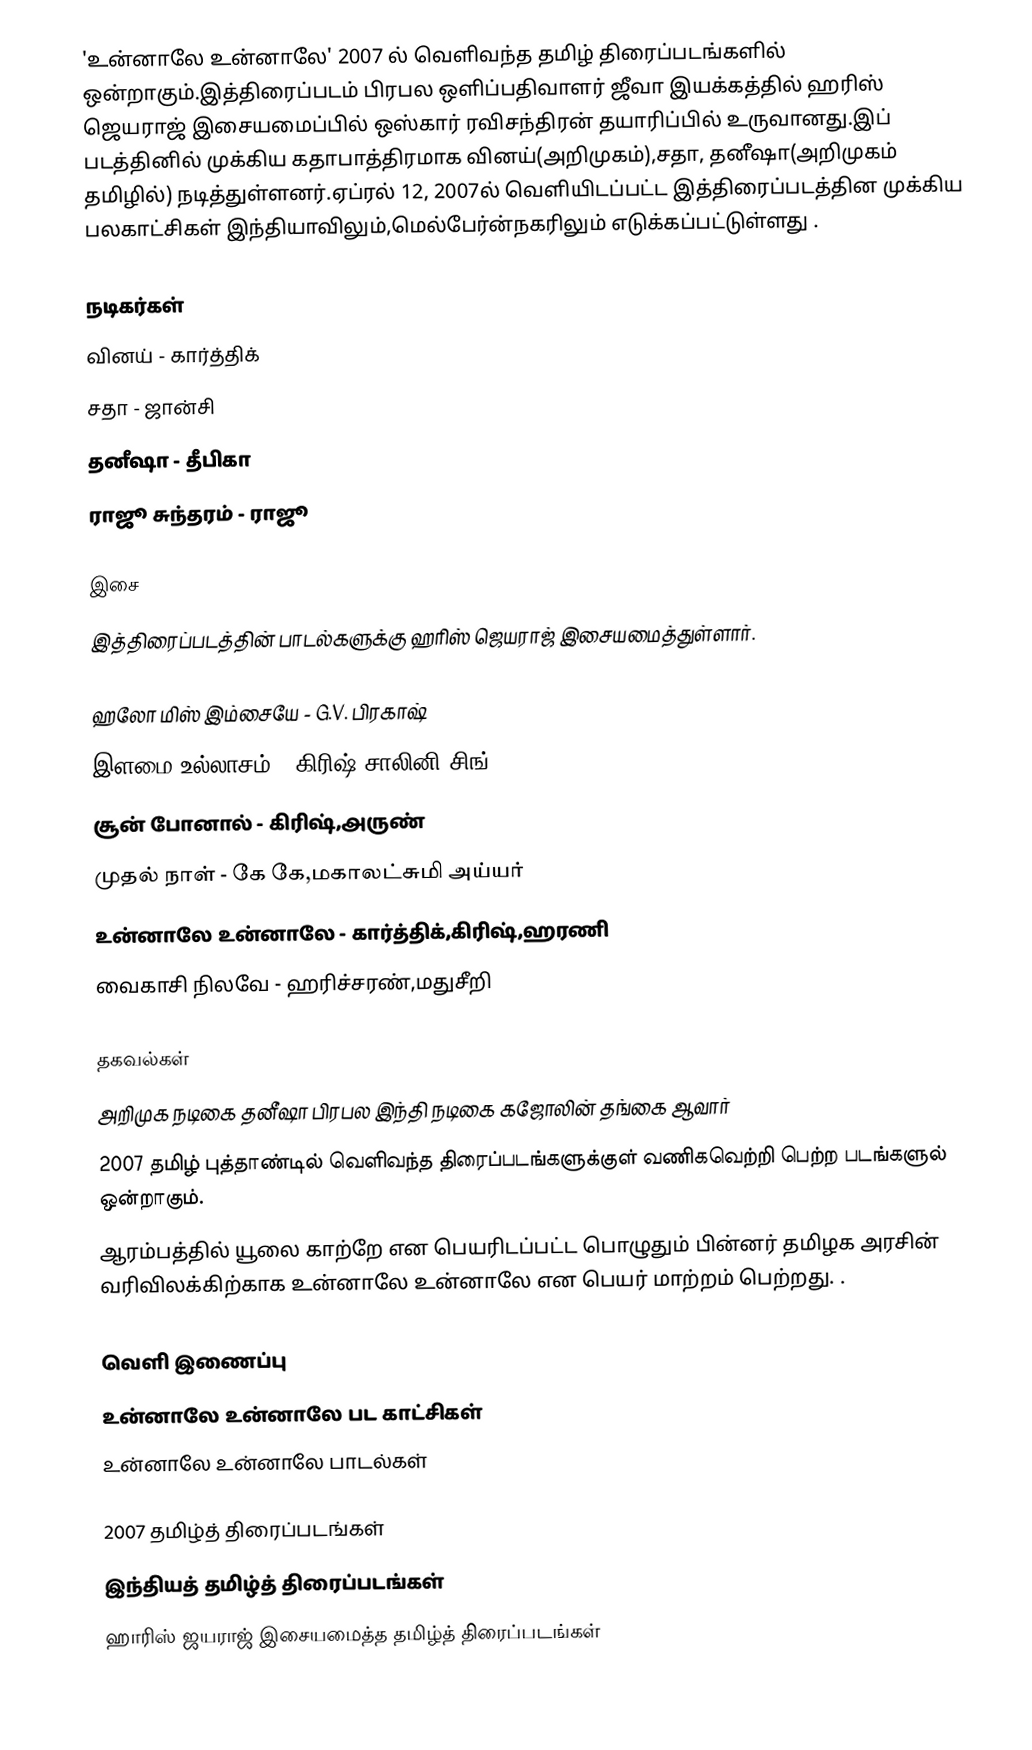
'உன்னாலே உன்னாலே'  2007 ல் வெளிவந்த தமிழ் திரைப்படங்களில் ஒன்றாகும்.இத்திரைப்படம் பிரபல ஒளிப்பதிவாளர் ஜீவா இயக்கத்தில் ஹரிஸ் ஜெயராஜ் இசையமைப்பில் ஒஸ்கார் ரவிசந்திரன் தயாரிப்பில் உருவானது.இப் படத்தினில் முக்கிய கதாபாத்திரமாக வினய்(அறிமுகம்),சதா, தனீஷா(அறிமுகம் தமிழில்) நடித்துள்ளனர்.ஏப்ரல் 12, 2007ல் வெளியிடப்பட்ட இத்திரைப்படத்தின முக்கிய பலகாட்சிகள் இந்தியாவிலும்,மெல்பேர்ன்நகரிலும் எடுக்கப்பட்டுள்ளது .

நடிகர்கள்
 வினய் - கார்த்திக்
 சதா - ஜான்சி
 தனீஷா - தீபிகா
 ராஜூ சுந்தரம் - ராஜூ

இசை
இத்திரைப்படத்தின் பாடல்களுக்கு ஹரிஸ் ஜெயராஜ் இசையமைத்துள்ளார்.

 ஹலோ மிஸ் இம்சையே - G.V. பிரகாஷ்
 இளமை உல்லாசம் - கிரிஷ்,சாலினி சிங்
 சூன் போனால் - கிரிஷ்,அருண்
 முதல் நாள் - கே கே,மகாலட்சுமி அய்யர்
 உன்னாலே உன்னாலே - கார்த்திக்,கிரிஷ்,ஹரணி
 வைகாசி நிலவே - ஹரிச்சரண்,மதுசீறி

தகவல்கள்
 அறிமுக நடிகை தனீஷா பிரபல இந்தி நடிகை கஜோலின் தங்கை ஆவார்
 2007 தமிழ் புத்தாண்டில் வெளிவந்த திரைப்படங்களுக்குள் வணிகவெற்றி பெற்ற படங்களுல் ஒன்றாகும்.
 ஆரம்பத்தில் யூலை காற்றே என பெயரிடப்பட்ட பொழுதும் பின்னர் தமிழக அரசின் வரிவிலக்கிற்காக உன்னாலே உன்னாலே என பெயர் மாற்றம் பெற்றது. .

வெளி இணைப்பு
 உன்னாலே உன்னாலே பட காட்சிகள்
 உன்னாலே உன்னாலே பாடல்கள்

2007 தமிழ்த் திரைப்படங்கள்
இந்தியத் தமிழ்த் திரைப்படங்கள்
ஹாரிஸ் ஜயராஜ் இசையமைத்த தமிழ்த் திரைப்படங்கள்